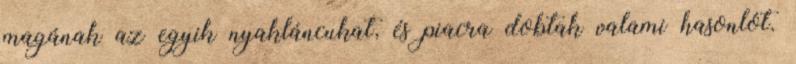
magának az egyik nyakláncukat, és piacra dobtak valami hasonlót.